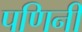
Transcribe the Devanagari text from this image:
पणिनी